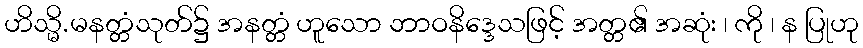
ဟိသ္မိ.မနတ္တံသုတ်၌ အနတ္တံ ဟူသော ဘာဝနိဒ္ဒေသဖြင့် အတ္တ၏ အဆုံး ၊ ကို ၊ န ပြုဟု